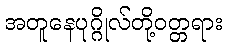
အတူနေပုဂ္ဂိုလ်တို့ဝတ္တရား